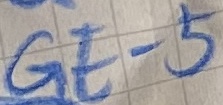
Text: GE-5